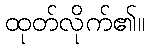
ထုတ်လိုက်၏။